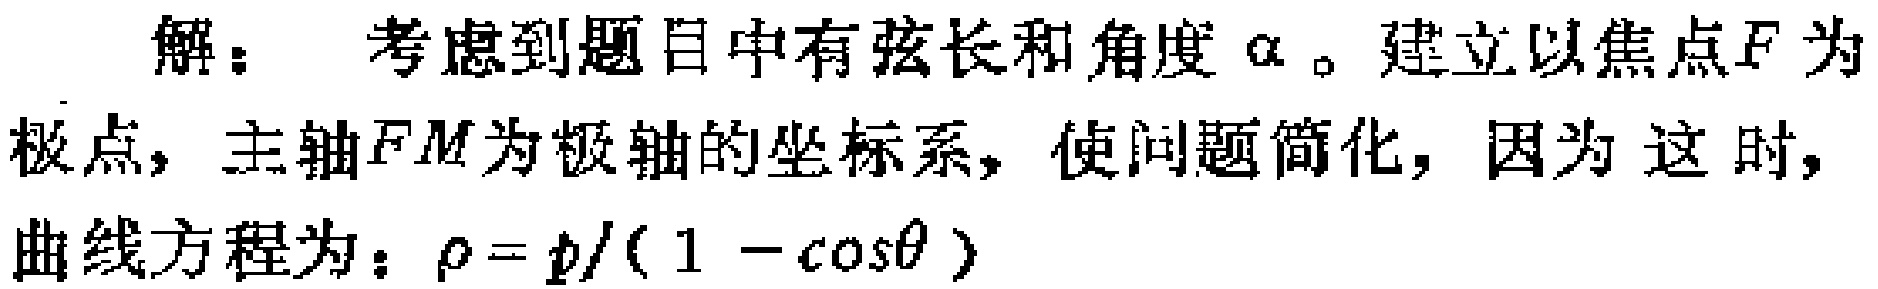
解：考虑到题目中有弦长和角度$\alpha$。建立以焦点$F$为极点，主轴$FM$为极轴的坐标系，使问题简化，因为这时，曲线方程为：$\rho = p/(1 - \cos\theta)$